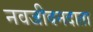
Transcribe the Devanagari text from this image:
नवजीवनदाता